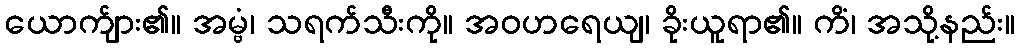
ယောက်ျား၏။ အမ္ဗံ၊ သရက်သီးကို။ အဝဟရေယျ၊ ခိုးယူရာ၏။ ကိံ၊ အသို့နည်း။